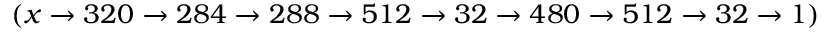
( x \rightarrow 3 2 0 \rightarrow 2 8 4 \rightarrow 2 8 8 \rightarrow 5 1 2 \rightarrow 3 2 \rightarrow 4 8 0 \rightarrow 5 1 2 \rightarrow 3 2 \rightarrow 1 )